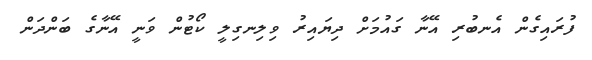
ފުރައިގެން އެނބުރި އޭނާ ގައުމަށް ދިޔައިރު ވިލިނގިލީ ކޯޓުން ވަނީ އޭނާގެ ބަންދަން